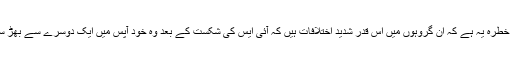
لیکن ایک خطرہ یہ ہے کہ ان گروہوں میں اس قدر شدید اختلافات ہیں کہ آئی ایس کی شکست کے بعد وہ خود آپس میں ایک دوسرے سے بھڑ سکتے ہیں۔